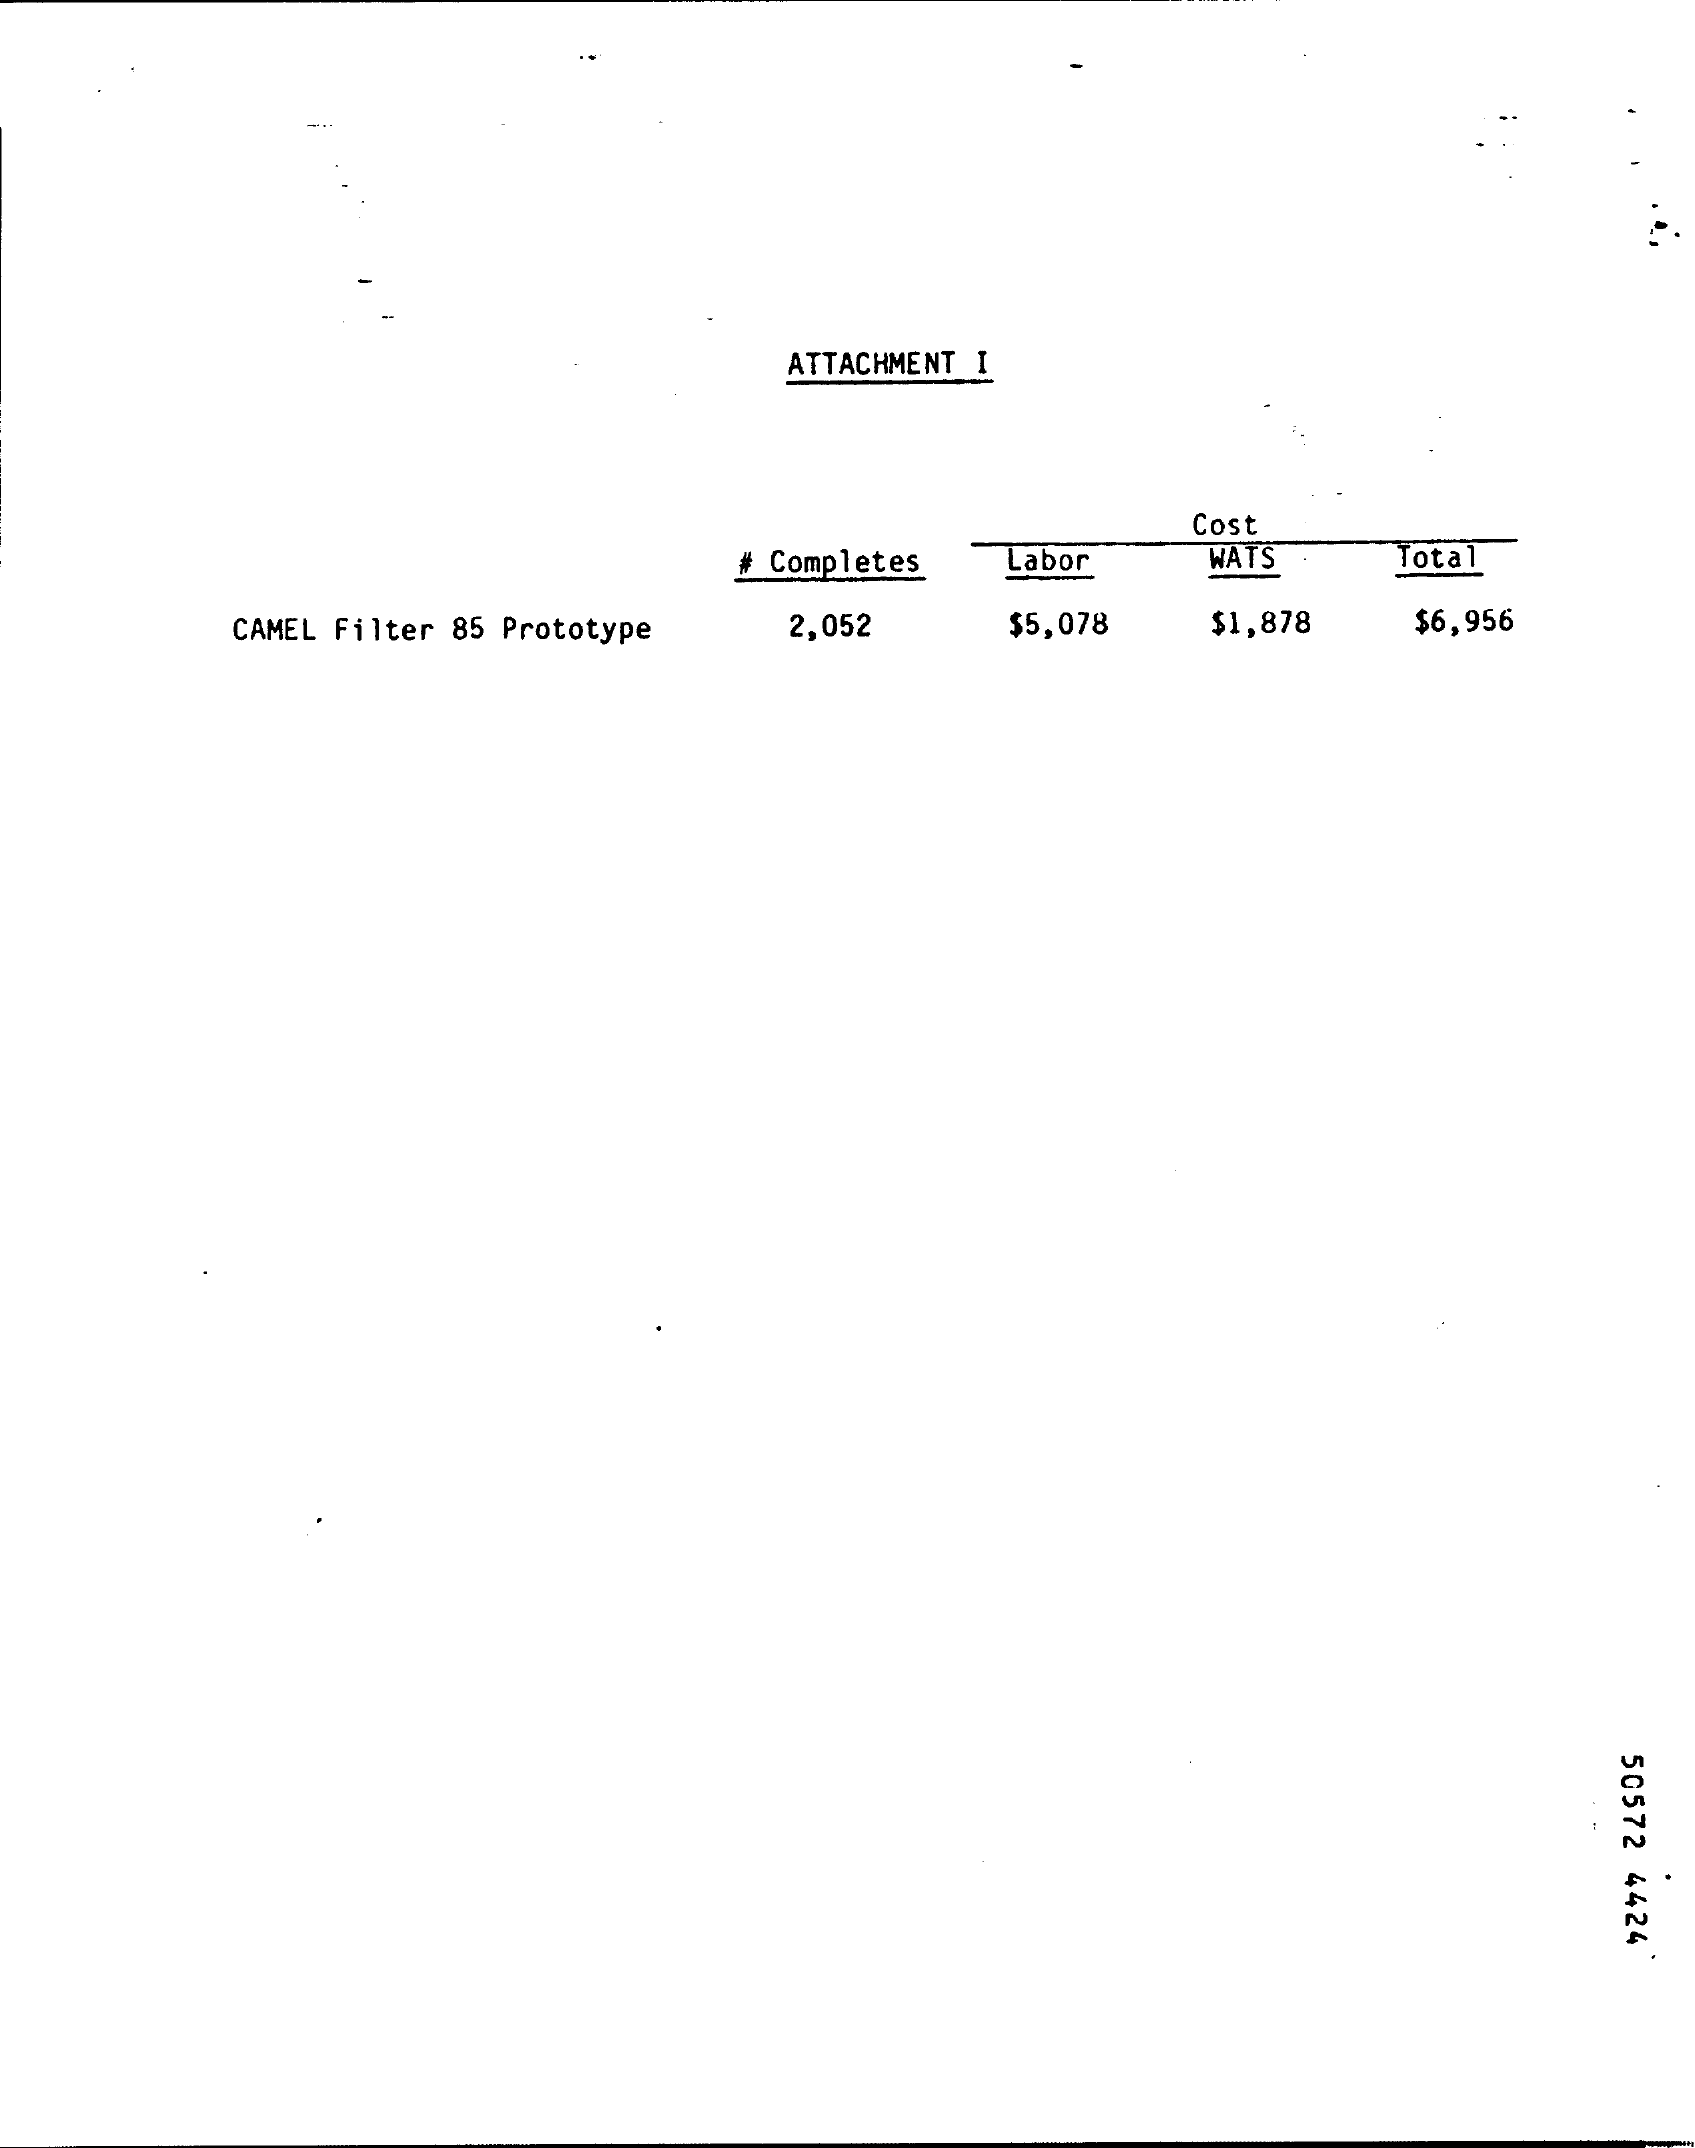
ATTACHMENT I
     Cost
     # Completes Labor WATS Total
     CAMEL Filter 85 Prototype 2,052 $5,078 $1,878 $6,956
     50572
     4424